Report on sanitation, dispensaries, and jails in Rajputana for 1919, and on vaccination for the year 1919-1920 - 1919-1920
Year: 1919
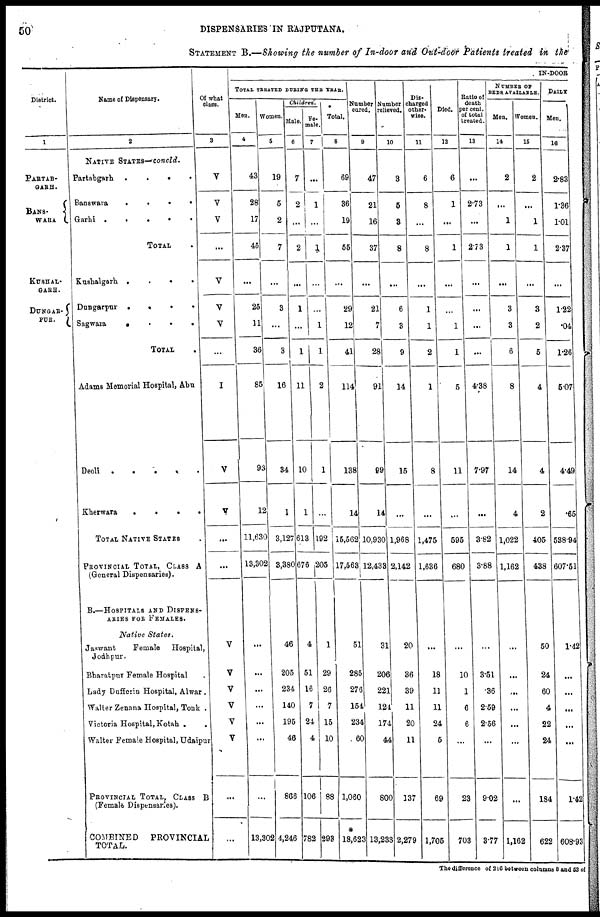
50
DISPENSARIES IN RAJPUTANA.
STATEMENT B.—Showing the number of In-door and Out-door Patients treated in the
District.
1
PARTAB¬
GARH.
BANS¬
WARA.
KUSHAL¬
GARH.
DUNGAR ¬
PUR.
Name of Dispensary.
2
NATIVE STATES—concld.
Partabgarh .
.
.
.
Banswara
.
.
.
.
Garhi .
.
.
.
.
TOTAL
Kushalgarh. .
.
.
.
Dungarpur .
.
.
.
Sagwara
.
.
.
.
TOTAL
Adams Memorial Hospital, Abu
Deoli .
.
.
.
.
Kherwara
.
.
.
.
TOTAL NATIVE STATES .
PROVINCIAL TOTAL, CLASS A
(General Dispensaries).
B.—HOSPITALS AND DISPENS¬
ARIES FOR FEMALES.
Native States.
Jaswant
Female Hospital,
Jodhpur.
Bharatpur Female Hospital .
Lady Dufferin Hospital, Alwar .
Walter Zenana Hospital, Tonk .
Victoria Hospital, Kotah .
Walter Female Hospital, Udaipur
PROVINCIAL TOTAL, CLASS B
(Female Dispensaries).
COMBINED
PROVINCIAL
TOTAL.
Of what
class.
3
V
V
V
...
V
V
V
...
I
V
V
...
...
V
V
V
V
V
V
...
...
IN-DOOR
TOTAL TREATED DURING THE YEAR.
Men.
4
43
28
17
45
...
25
11
36
85
93
12
11,630
13,302
...
...
...
...
...
...
...
13,302
Women.
5
19
5
2
7
...
3
...
3
16
34
1
3,127
3,380
46
205
234
140
195
46
866
4,246
Children.
Male.
6
7
2
...
2
...
1
...
1
11
10
1
613
676
4
51
16
7
24
4
106
782
Fe-
male.
7
...
1
...
1
...
...
1
1
2
1
...
192
205
1
29
26
7
15
10
88
293
Total.
8
69
36
19
55
...
29
12
41
114
138
14
15,562
17,563
51
285
276
154
234
60
1,060
*
18,623
Number
cured.
9
47
21
16
37
...
21
7
28
91
99
14
10,930
12,433
31
206
221
124
174
44
800
13,233
Number
relieved.
10
3
5
3
8
...
6
3
9
14
15
...
1,968
2,142
20
36
39
11
20
11
137
2,279
Dis-
charged
other-
wise.
11
6
8
...
8
...
1
1
2
1
8
...
1,475
1,636
...
18
11
11
24
5
69
1,705
Died.
12
6
1
...
1
...
...
1
1
5
11
...
595
680
...
10
1
6
6
...
23
703
Ratio of
death
percent,
of total
treated.
13
...
2.73
...
2.73
...
...
...
...
4.38
7.97
...
3.82
3.88
...
3.51
.36
2.59
2.56
...
9.02
3.77
NUMBER OF
BEDS AVAILABLE
Men.
14
2
...
1
1
...
3
3
6
8
14
4
1,022
1,162
...
...
...
...
...
...
...
1,162
Women.
15
2
...
1
1
...
3
2
5
4
4
2
405
438
50
24
60
4
22
24
184
622
DAILY
Men.
16
2.83
1.36
1.01
2.37
...
1.22
.04
1.26
5.07
4.49
.65
538.94
607.51
1.42
...
...
...
...
...
1.42
608.93
The difference of 216 between columns 8 and 53 of